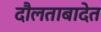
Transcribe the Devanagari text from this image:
दौलताबादेत